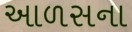
આળસના